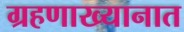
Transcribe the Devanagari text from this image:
ग्रहणाख्यानात